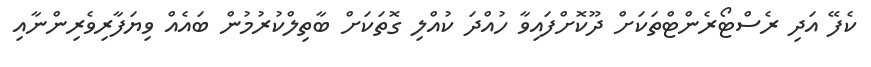
ކެފޭ އަދި ރެސްޓޯރެންޓްތަކަށް ދޫކޮށްފައިވާ ހުއްދަ ކުއްލި ގޮތަކަށް ބާތިލްކުރުމުން ބައެއް ވިޔަފާރިވެރިންނާއި